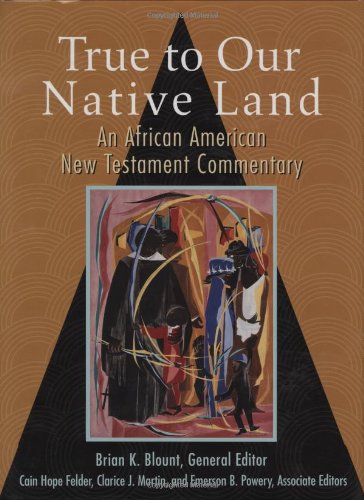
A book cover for True to Our Native Land: An African American New Testament Commentary; Religion & Spirituality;